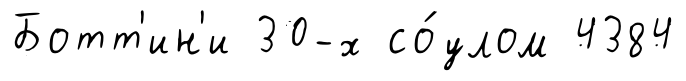
Ботт'ин'и 30-х со́улом 4384